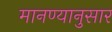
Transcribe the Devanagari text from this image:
मानण्यानुसार